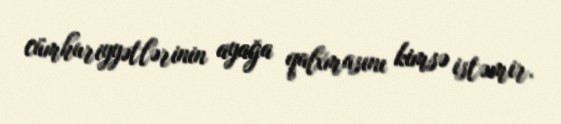
cümhuriyyətlərinin ayağa qalxmasını kimsə istəmir.